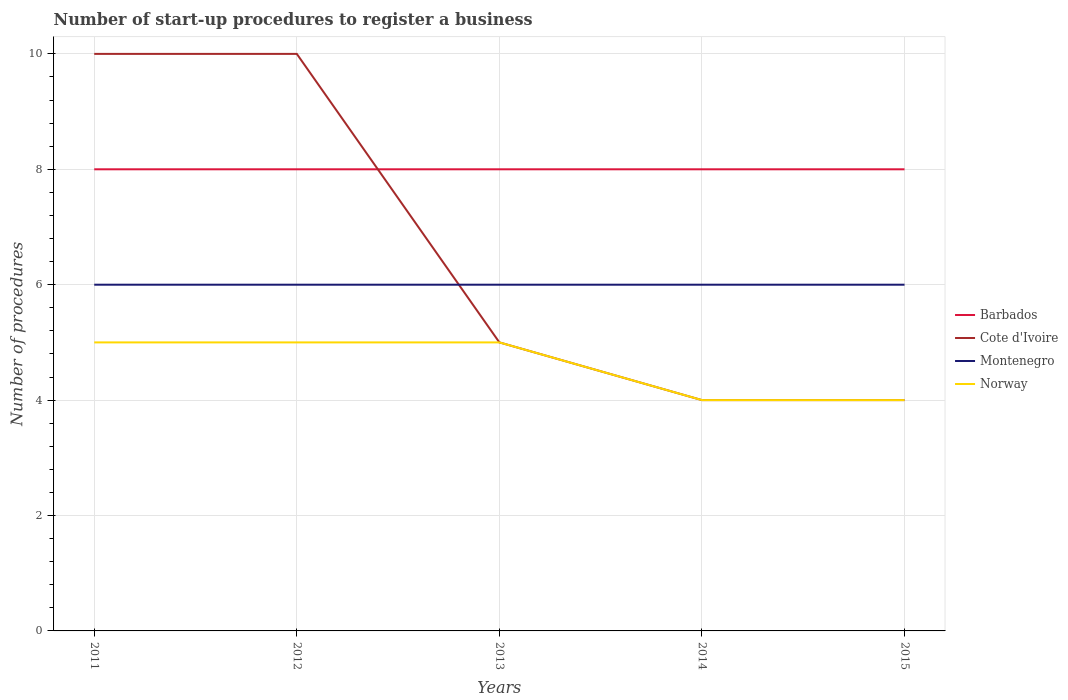
| Years | Barbados | Cote d'Ivoire | Montenegro | Norway |
 | --- | --- | --- | --- | --- |
 | 2011 | 8 | 10 | 6 | 5 |
 | 2012 | 8 | 10 | 6 | 5 |
 | 2013 | 8 | 5 | 6 | 5 |
 | 2014 | 8 | 4 | 6 | 4 |
 | 2015 | 8 | 4 | 6 | 4 |